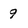
Character: 9